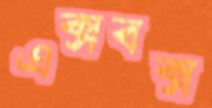
এক্সবক্স